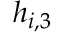
h _ { i , 3 }